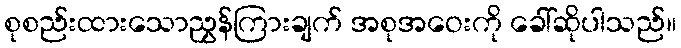
စုစည်းထားသောညွှန်ကြားချက် အစုအဝေးကို ခေါ်ဆိုပါသည်။